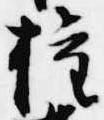
権